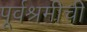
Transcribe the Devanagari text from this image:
पूर्वश्रमीची